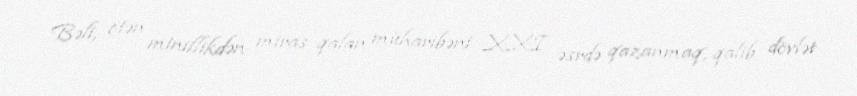
Bəli, ötən minillikdən miras qalan müharibəni XXI əsrdə qazanmaq, qalib dövlət